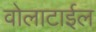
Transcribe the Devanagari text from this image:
वोलाटाईल